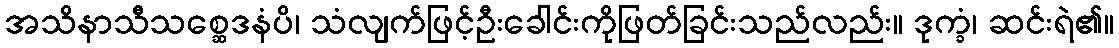
အသိနာသီသစ္ဆေဒနံပိ၊ သံလျက်ဖြင့်ဦးခေါင်းကိုဖြတ်ခြင်းသည်လည်း။ ဒုက္ခံ၊ ဆင်းရဲ၏။